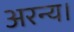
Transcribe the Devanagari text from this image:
अरन्य।